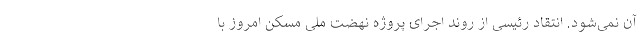
آن نمی‌شود. انتقاد رئیسی از روند اجرای پروژه نهضت ملی مسکن امروز با